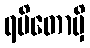
ရမိတောမှိ